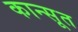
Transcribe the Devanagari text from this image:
कान्सूत